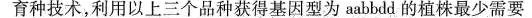
育种技术，利用以上三个品种获得基因型为aabbdd的植株最少需要